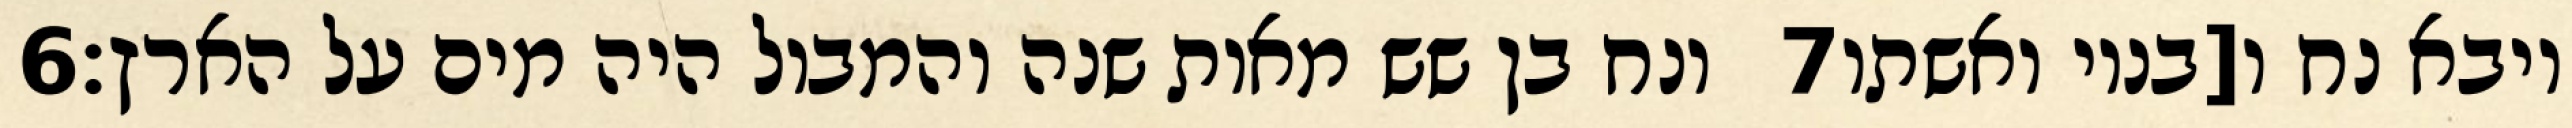
‎6‏ ונח בן שש מאות שנה והמבול היה מים על הארץ׃ ‎7‏ ויבא נח ו[בניו ואשתו